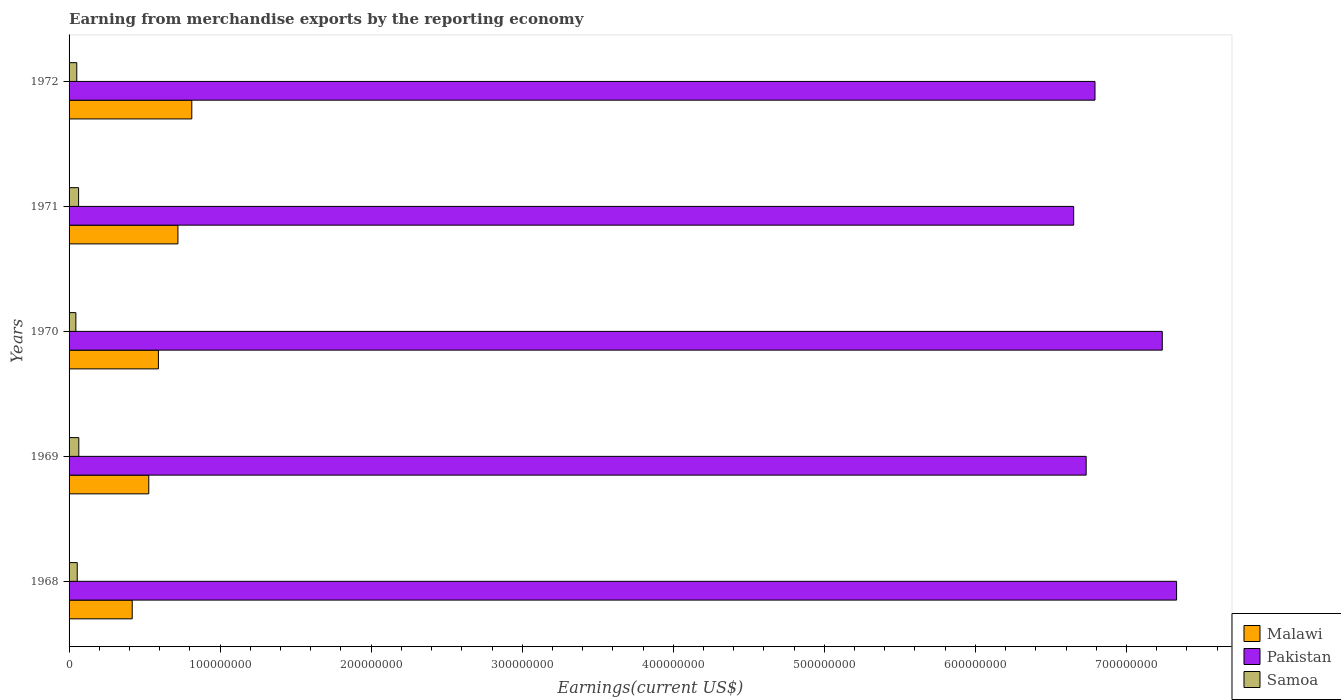
| Years | Malawi | Pakistan | Samoa |
 | --- | --- | --- | --- |
 | 1968 | 4.18e+07 | 7.33e+08 | 5.4e+06 |
 | 1969 | 5.28e+07 | 6.73e+08 | 6.44e+06 |
 | 1970 | 5.92e+07 | 7.24e+08 | 4.5e+06 |
 | 1971 | 7.21e+07 | 6.65e+08 | 6.3e+06 |
 | 1972 | 8.13e+07 | 6.79e+08 | 5.1e+06 |